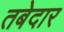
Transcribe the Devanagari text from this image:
तबेदार